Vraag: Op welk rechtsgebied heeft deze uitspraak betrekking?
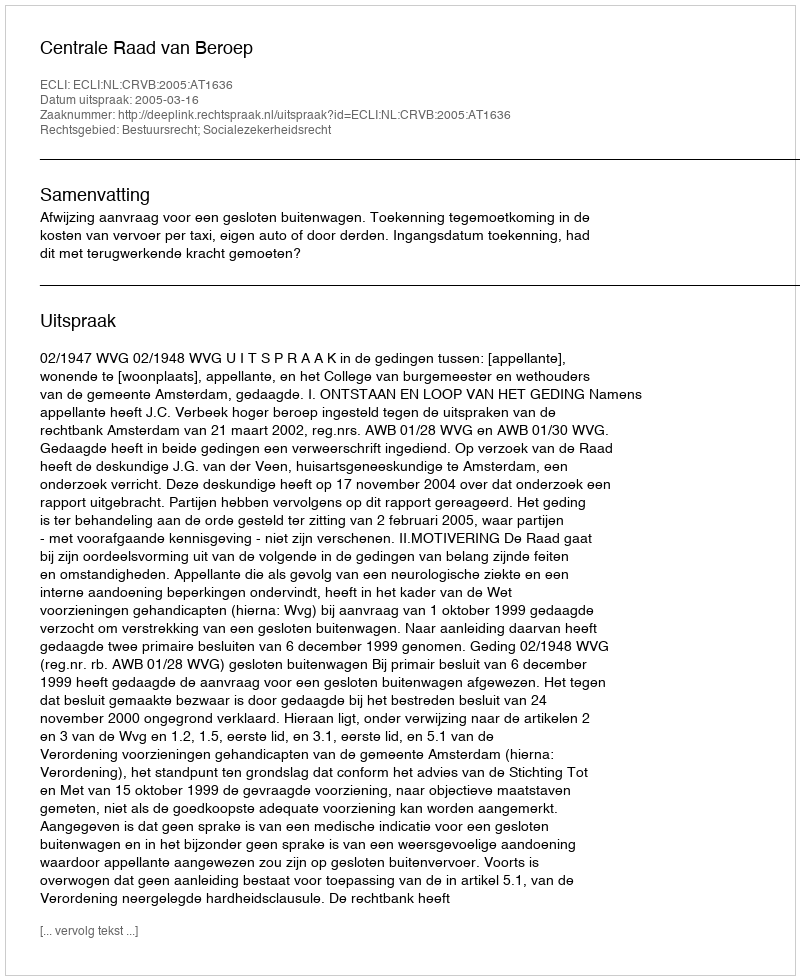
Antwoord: Bestuursrecht; Socialezekerheidsrecht